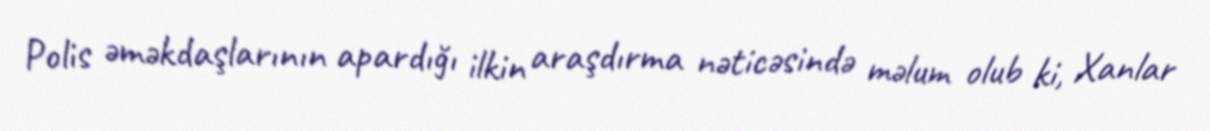
Polis əməkdaşlarının apardığı ilkin araşdırma nəticəsində məlum olub ki, Xanlar